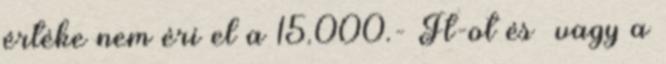
értéke nem éri el a 15.000.- Ft-ot és vagy a